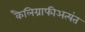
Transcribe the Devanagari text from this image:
कैलिग्राफीअत्यंत